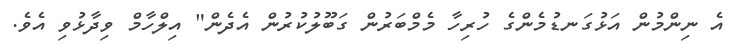
އެ ނިންމުން އަޅުގަނޑުމެންގެ ހުރިހާ މެމްބަރުން ގަބޫލުކުރުން އެދެން" އިލްހާމް ވިދާޅުވި އެވެ.